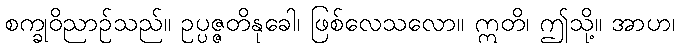
စက္ခုဝိညာဉ်သည်။ ဥပ္ပဇ္ဇတိနုခေါ၊ ဖြစ်လေသလော။ ဣတိ၊ ဤသို့။ အာဟ၊